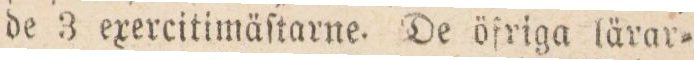
de 3 exercitimäſtarne. De öfriga lärar=